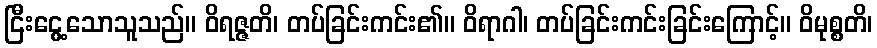
ငြီးငွေ့သောသူသည်။ ဝိရဇ္ဇတိ၊ တပ်ခြင်းကင်း၏။ ဝိရာဂါ၊ တပ်ခြင်းကင်းခြင်းကြောင့်။ ဝိမုစ္စတိ၊